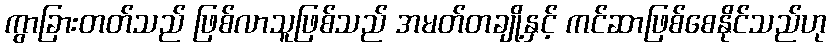
ကွာခြားတတ်သည် ဖြစ်လာသူဖြစ်သည် အမတ်တချို့နှင့် ကင်ဆာဖြစ်စေနိုင်သည်ဟု